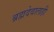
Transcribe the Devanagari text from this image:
ब्रह्मदेवालाही